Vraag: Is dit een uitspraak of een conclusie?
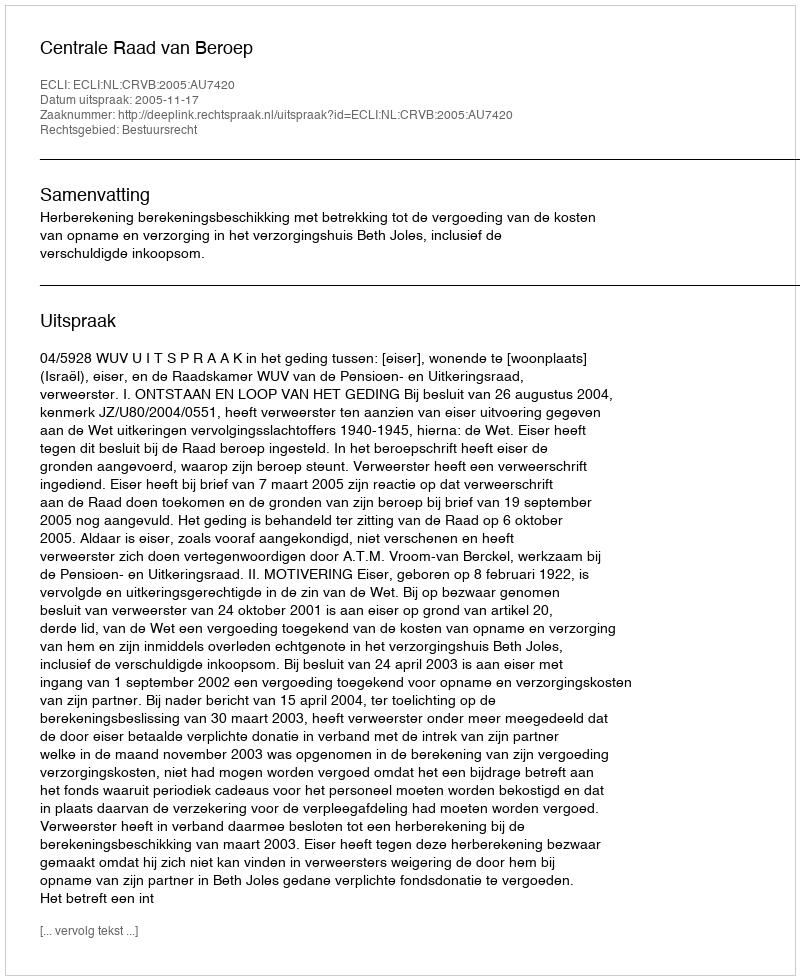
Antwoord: Uitspraak